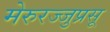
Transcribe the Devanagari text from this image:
मेरुरज्जुप्रसू